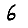
Digit: 6